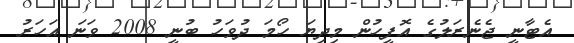
އެޓާނީ ޖެނެރަލުގެ އޮފީހުން މިދިޔަ ހޯމަ ދުވަހު ބުނީ 2008 ވަނަ އަހަރު